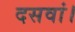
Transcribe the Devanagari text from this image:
दसवां।